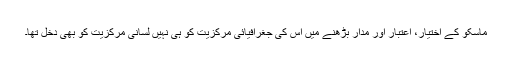
ماسکو کے اختیار، اعتبار اور مدار بڑھنے میں اس کی جغرافیائی مرکزیت کو ہی نہیں لسانی مرکزیت کو بھی دخل تھا۔